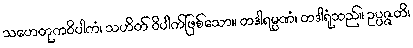
သဟေတုကဝိပါကံ၊ သဟိတ် ဝိပါက်ဖြစ်သော။ တဒါရမ္မဏံ၊ တဒါရုံသည်။ ဥပ္ပဇ္ဇတိ၊